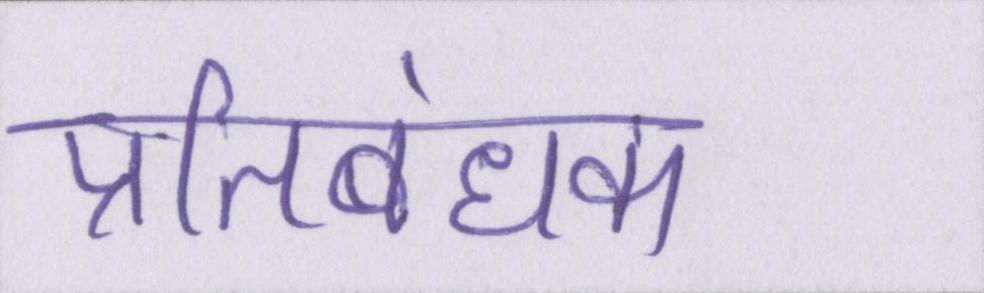
प्रतिबंधक